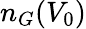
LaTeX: n_{G}(V_{0})